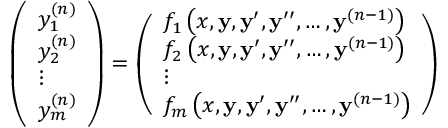
{ \left( \begin{array} { l } { y _ { 1 } ^ { ( n ) } } \\ { y _ { 2 } ^ { ( n ) } } \\ { \vdots } \\ { y _ { m } ^ { ( n ) } } \end{array} \right) } = { \left( \begin{array} { l } { f _ { 1 } \left( x , \mathbf { y } , \mathbf { y } ^ { \prime } , \mathbf { y } ^ { \prime \prime } , \ldots , \mathbf { y } ^ { ( n - 1 ) } \right) } \\ { f _ { 2 } \left( x , \mathbf { y } , \mathbf { y } ^ { \prime } , \mathbf { y } ^ { \prime \prime } , \ldots , \mathbf { y } ^ { ( n - 1 ) } \right) } \\ { \vdots } \\ { f _ { m } \left( x , \mathbf { y } , \mathbf { y } ^ { \prime } , \mathbf { y } ^ { \prime \prime } , \ldots , \mathbf { y } ^ { ( n - 1 ) } \right) } \end{array} \right) }